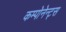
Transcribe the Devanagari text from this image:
कम्पोनेन्ट्स